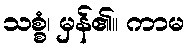
သစ္စံ၊ မှန်၏။ ကာမ